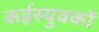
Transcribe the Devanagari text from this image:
कईस्युवकों